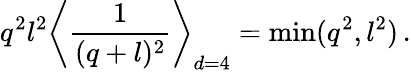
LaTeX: q^{2}l^{2}\left\langle{\frac{1}{(q+l)^{2}}}\right\rangle_{d=4}=\operatorname*{min}(q^{2},l^{2})\, .